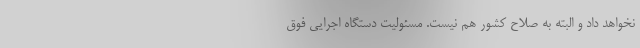
نخواهد داد و البته به صلاح کشور هم نیست. مسئولیت دستگاه اجرایی فوق